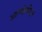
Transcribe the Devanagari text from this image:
आत्मोत्पीड़न